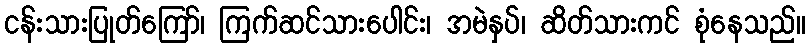
ငန်းသားပြုတ်ကြော်၊ ကြက်ဆင်သားပေါင်း၊ အမဲနှပ်၊ ဆိတ်သားကင် စုံနေသည်။